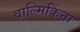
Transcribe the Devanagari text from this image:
वाल्मिकिंना